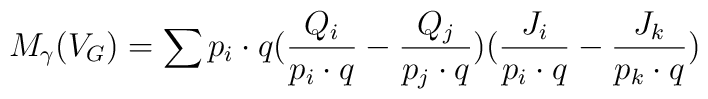
M_{\gamma}(V_G) = \sum p_i\cdot q (\frac{Q_i}{p_i\cdot q}-    \frac{Q_j}{p_j\cdot q})(\frac{J_i}{p_i\cdot q} -    \frac{J_k}{p_k\cdot q})